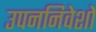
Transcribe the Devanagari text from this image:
उपननिवेशों